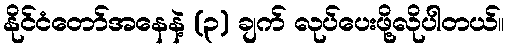
နိုင်ငံတော်အနေနဲ့ (၃) ချက် လုပ်ပေးဖို့လိုပါတယ်။